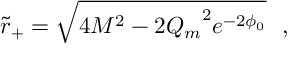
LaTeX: \tilde { r } _ { + } = \sqrt { 4 M ^ { 2 } - 2 { Q _ { m } } ^ { 2 } e ^ { - 2 \phi _ { 0 } } } ~ ~ ,